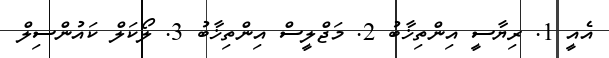
އެއީ 1. ރިޔާސީ އިންތިޚާބު 2. މަޖްލީސް އިންތިޚާބު 3. ލޯކަލް ކައުންސިލް